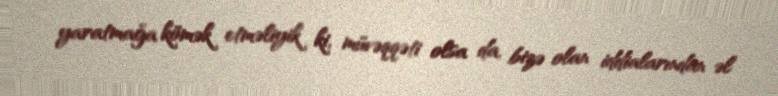
yaratmağa kömək etməliyik ki, müvəqqəti olsa da, bizə olan iddialarından əl